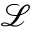
\mathcal { L }